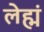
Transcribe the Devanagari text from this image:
लेह्मं